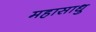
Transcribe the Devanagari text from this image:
महासाधु